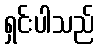
ရှင်းပါသည်